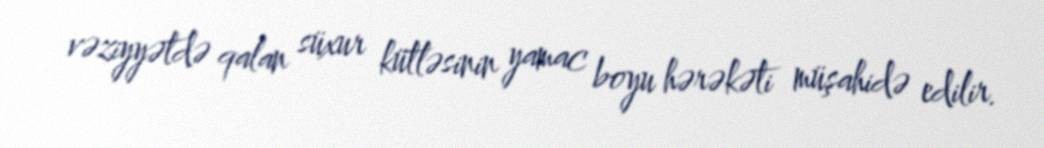
vəziyyətdə qalan süxur kütləsinin yamac boyu hərəkəti müşahidə edilir.